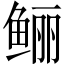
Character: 鲡